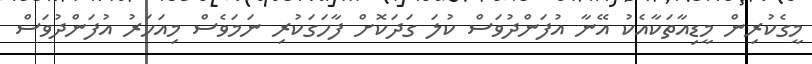
މީގެކުރިން މީޑިއާތަކާއެކު އޭނާ އުފަންދުވަސް ކުލަ ގަދަކޮށް ފާހަގަކުރި ނަމަވެސް މިއަހަރު އުފަންދުވަސް